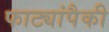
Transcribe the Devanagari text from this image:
फाट्यांपैकी